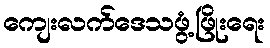
ကျေးလက်ဒေသဖွံ့ဖြိုးရေး